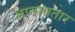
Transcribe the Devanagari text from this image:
ज्ञानावतार